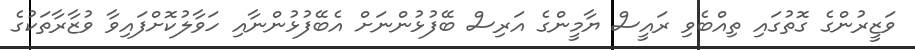
ވަޒީރުންގެ ގޮތުގައި ތިއްބެވި ރައީސް ޔާމީންގެ އަރިސް ބޭފުޅުންނަށް އެބޭފުޅުންނާއި ހަވާލުކޮށްފައިވާ ވުޒާރާތަކުގެ